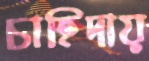
চাহিদায়